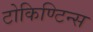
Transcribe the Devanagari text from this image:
टोकिण्टिन्स